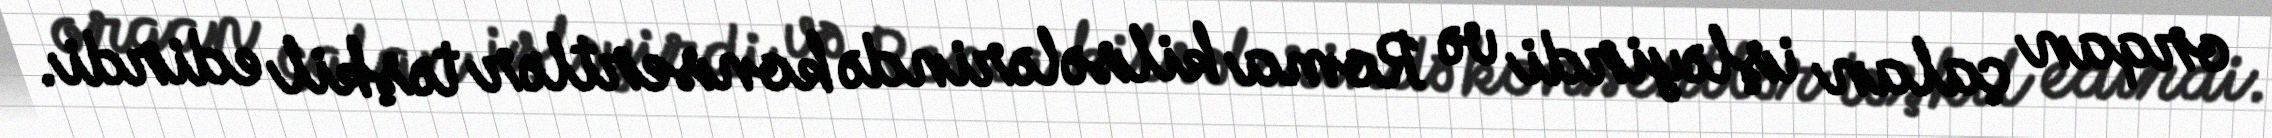
orqan çalan işləyirdi və Roma kilsələrində konsertlər təşkil edirdi.